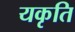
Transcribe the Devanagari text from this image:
यकृति